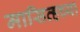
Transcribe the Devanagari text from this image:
मासिव्हच्या